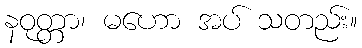
နဝုတ္တာ၊ မဟော အပ် သတည်း။